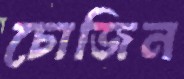
চোজিন